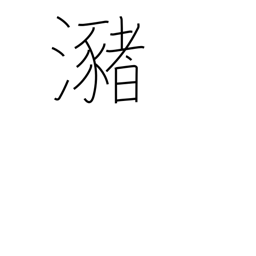
Meaning: pool